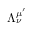
\Lambda _ { \nu } ^ { \mu ^ { \prime } }